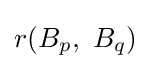
r(B_{p},\ B_{q})